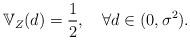
LaTeX: \begin{align*}\mathbb{V}_Z(d) = \frac{1}{2},\quad\forall d\in (0, \sigma^2).\end{align*}